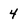
Character: 4